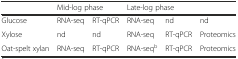
<table><thead><tr><td></td><td colspan="2"><b>Mid-log phase</b></td><td colspan="3"><b>Late-log phase</b></td></tr></thead><tbody><tr><td>Glucose</td><td>RNA-seq</td><td>RT-qPCR</td><td>RNA-seq</td><td>nd</td><td>nd</td></tr><tr><td>Xylose</td><td>nd</td><td>nd</td><td>RNA-seq</td><td>RT-qPCR</td><td>Proteomics</td></tr><tr><td>Oat-spelt xylan</td><td>RNA-seq</td><td>RT-qPCR</td><td>RNA-seq<sup>b</sup></td><td>RT-qPCR</td><td>Proteomics</td></tr></tbody></table>